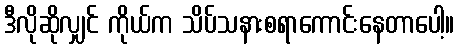
ဒီလိုဆိုလျှင် ကိုယ်က သိပ်သနားစရာကောင်းနေတာပေါ့။